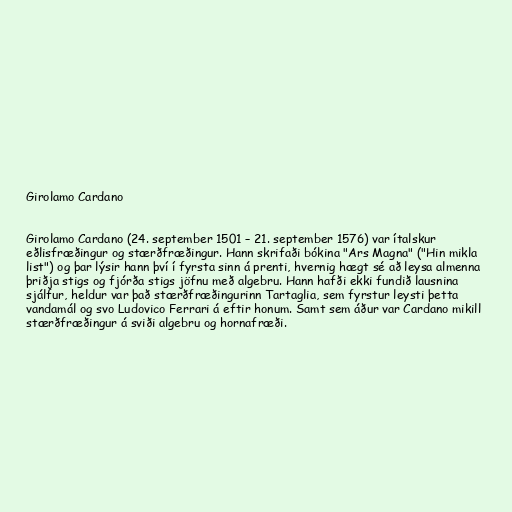
Girolamo Cardano

Girolamo Cardano (24. september 1501 – 21. september 1576) var ítalskur
eðlisfræðingur og stærðfræðingur. Hann skrifaði bókina "Ars Magna" ("Hin mikla
list") og þar lýsir hann því í fyrsta sinn á prenti, hvernig hægt sé að leysa almenna
þriðja stigs og fjórða stigs jöfnu með algebru. Hann hafði ekki fundið lausnina
sjálfur, heldur var það stærðfræðingurinn Tartaglia, sem fyrstur leysti þetta
vandamál og svo Ludovico Ferrari á eftir honum. Samt sem áður var Cardano mikill
stærðfræðingur á sviði algebru og hornafræði.